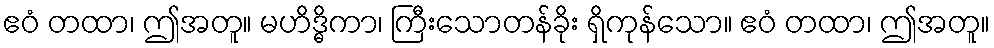
ဧဝံ တထာ၊ ဤအတူ။ မဟိဒ္ဓိကာ၊ ကြီးသောတန်ခိုး ရှိကုန်သော။ ဧဝံ တထာ၊ ဤအတူ။